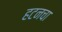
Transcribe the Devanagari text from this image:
हटनचा